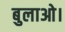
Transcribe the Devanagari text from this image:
बुलाओ।